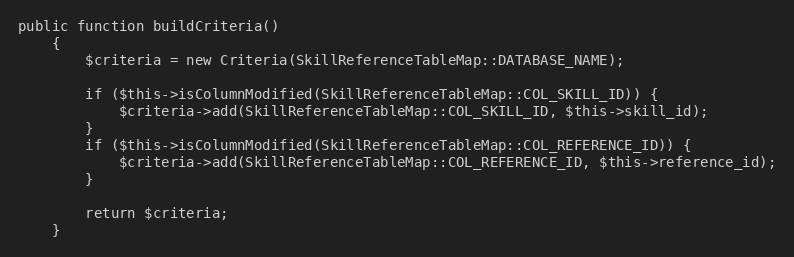
Language: PHP
public function buildCriteria()
    {
        $criteria = new Criteria(SkillReferenceTableMap::DATABASE_NAME);

        if ($this->isColumnModified(SkillReferenceTableMap::COL_SKILL_ID)) {
            $criteria->add(SkillReferenceTableMap::COL_SKILL_ID, $this->skill_id);
        }
        if ($this->isColumnModified(SkillReferenceTableMap::COL_REFERENCE_ID)) {
            $criteria->add(SkillReferenceTableMap::COL_REFERENCE_ID, $this->reference_id);
        }

        return $criteria;
    }